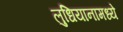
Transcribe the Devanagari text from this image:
लुधियानामध्ये